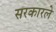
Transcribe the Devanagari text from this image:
सरकारले